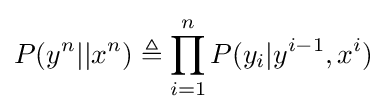
P(y^{n}||x^{n})\triangleq \prod _{i=1}^{n}P(y_{i}|y^{i-1},x^{i})